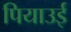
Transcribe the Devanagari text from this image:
पियाउई